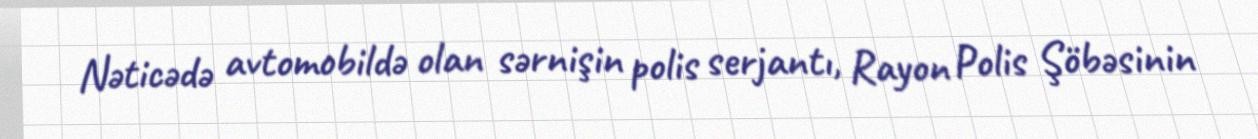
Nəticədə avtomobildə olan sərnişin polis serjantı, Rayon Polis Şöbəsinin